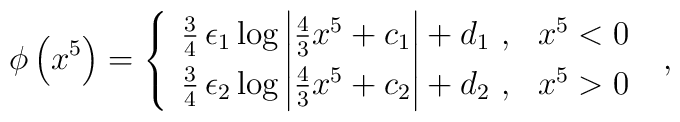
\phi \left( x^5 \right) = \left\{   \begin{array}{ll}    \frac{3}{4}\, \epsilon_1 \log \left| \frac{4}{3} x^5 + c_1 \right| + d_1\ ,  & x^5 < 0   \\    \frac{3}{4}\, \epsilon_2 \log \left| \frac{4}{3} x^5 + c_2 \right| + d_2\ ,  & x^5 >0  \end{array} \right.\ ,